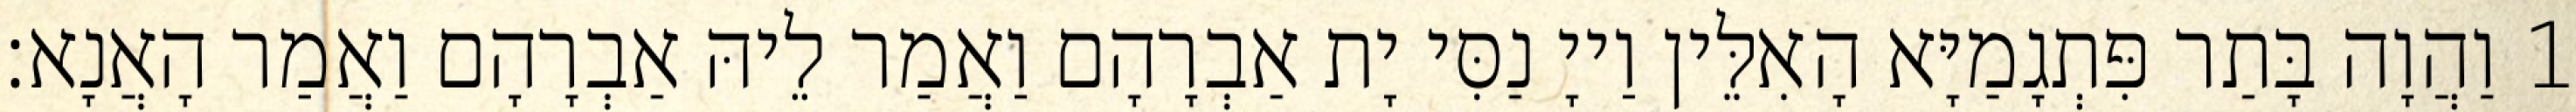
1 וַהֲוָה בָּתַר פִּתְגָמַיָּא הָאִלֵּין וַייָ נַסִּי יָת אַבְרָהָם וַאֲמַר לֵיהּ אַבְרָהָם וַאֲמַר הָאֲנָא׃